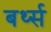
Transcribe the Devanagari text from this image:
बर्थ्स